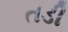
તડી